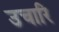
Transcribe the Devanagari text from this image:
उचारि